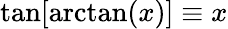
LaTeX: \tan[\arctan(x)]\equiv x